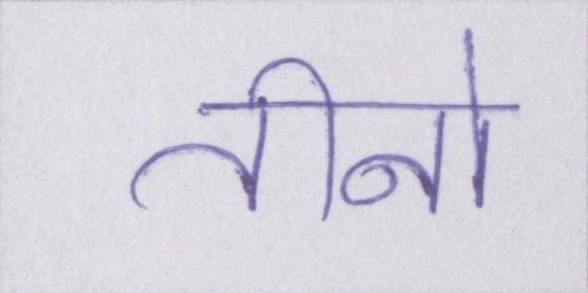
तीनो